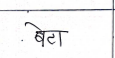
मजकूर: बेटा